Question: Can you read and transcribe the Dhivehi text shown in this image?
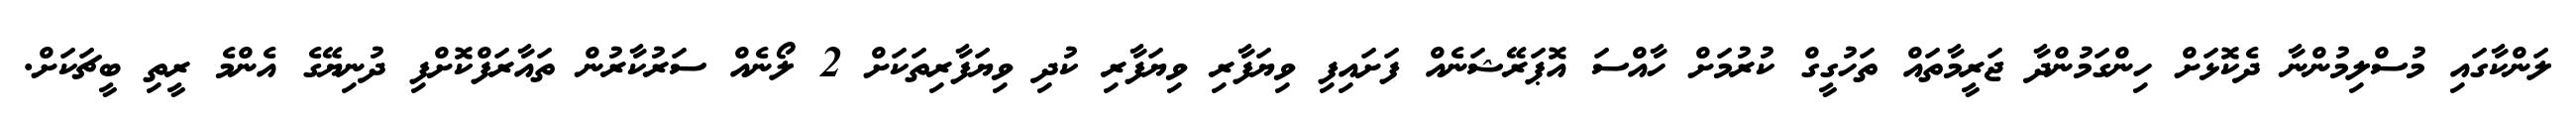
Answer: ލަންކާގައި މުސްލިމުންނާ ދެކޮޅަށް ހިންގަމުންދާ ޖަރީމާތައް ތަހުގީގް ކުރުމަށް ހާއްސަ އޮޕަރޭޝަނެއް ފަށައިފި ވިޔަފާރި ވިޔަފާރި ކުދި ވިޔަފާރިތަކަށް 2 ލޯނެއް ސަރުކާރުން ތައާރަފްކޮށްފި ދުނިޔޭގެ އެންމެ ރީތި ބީޗަކަށް.